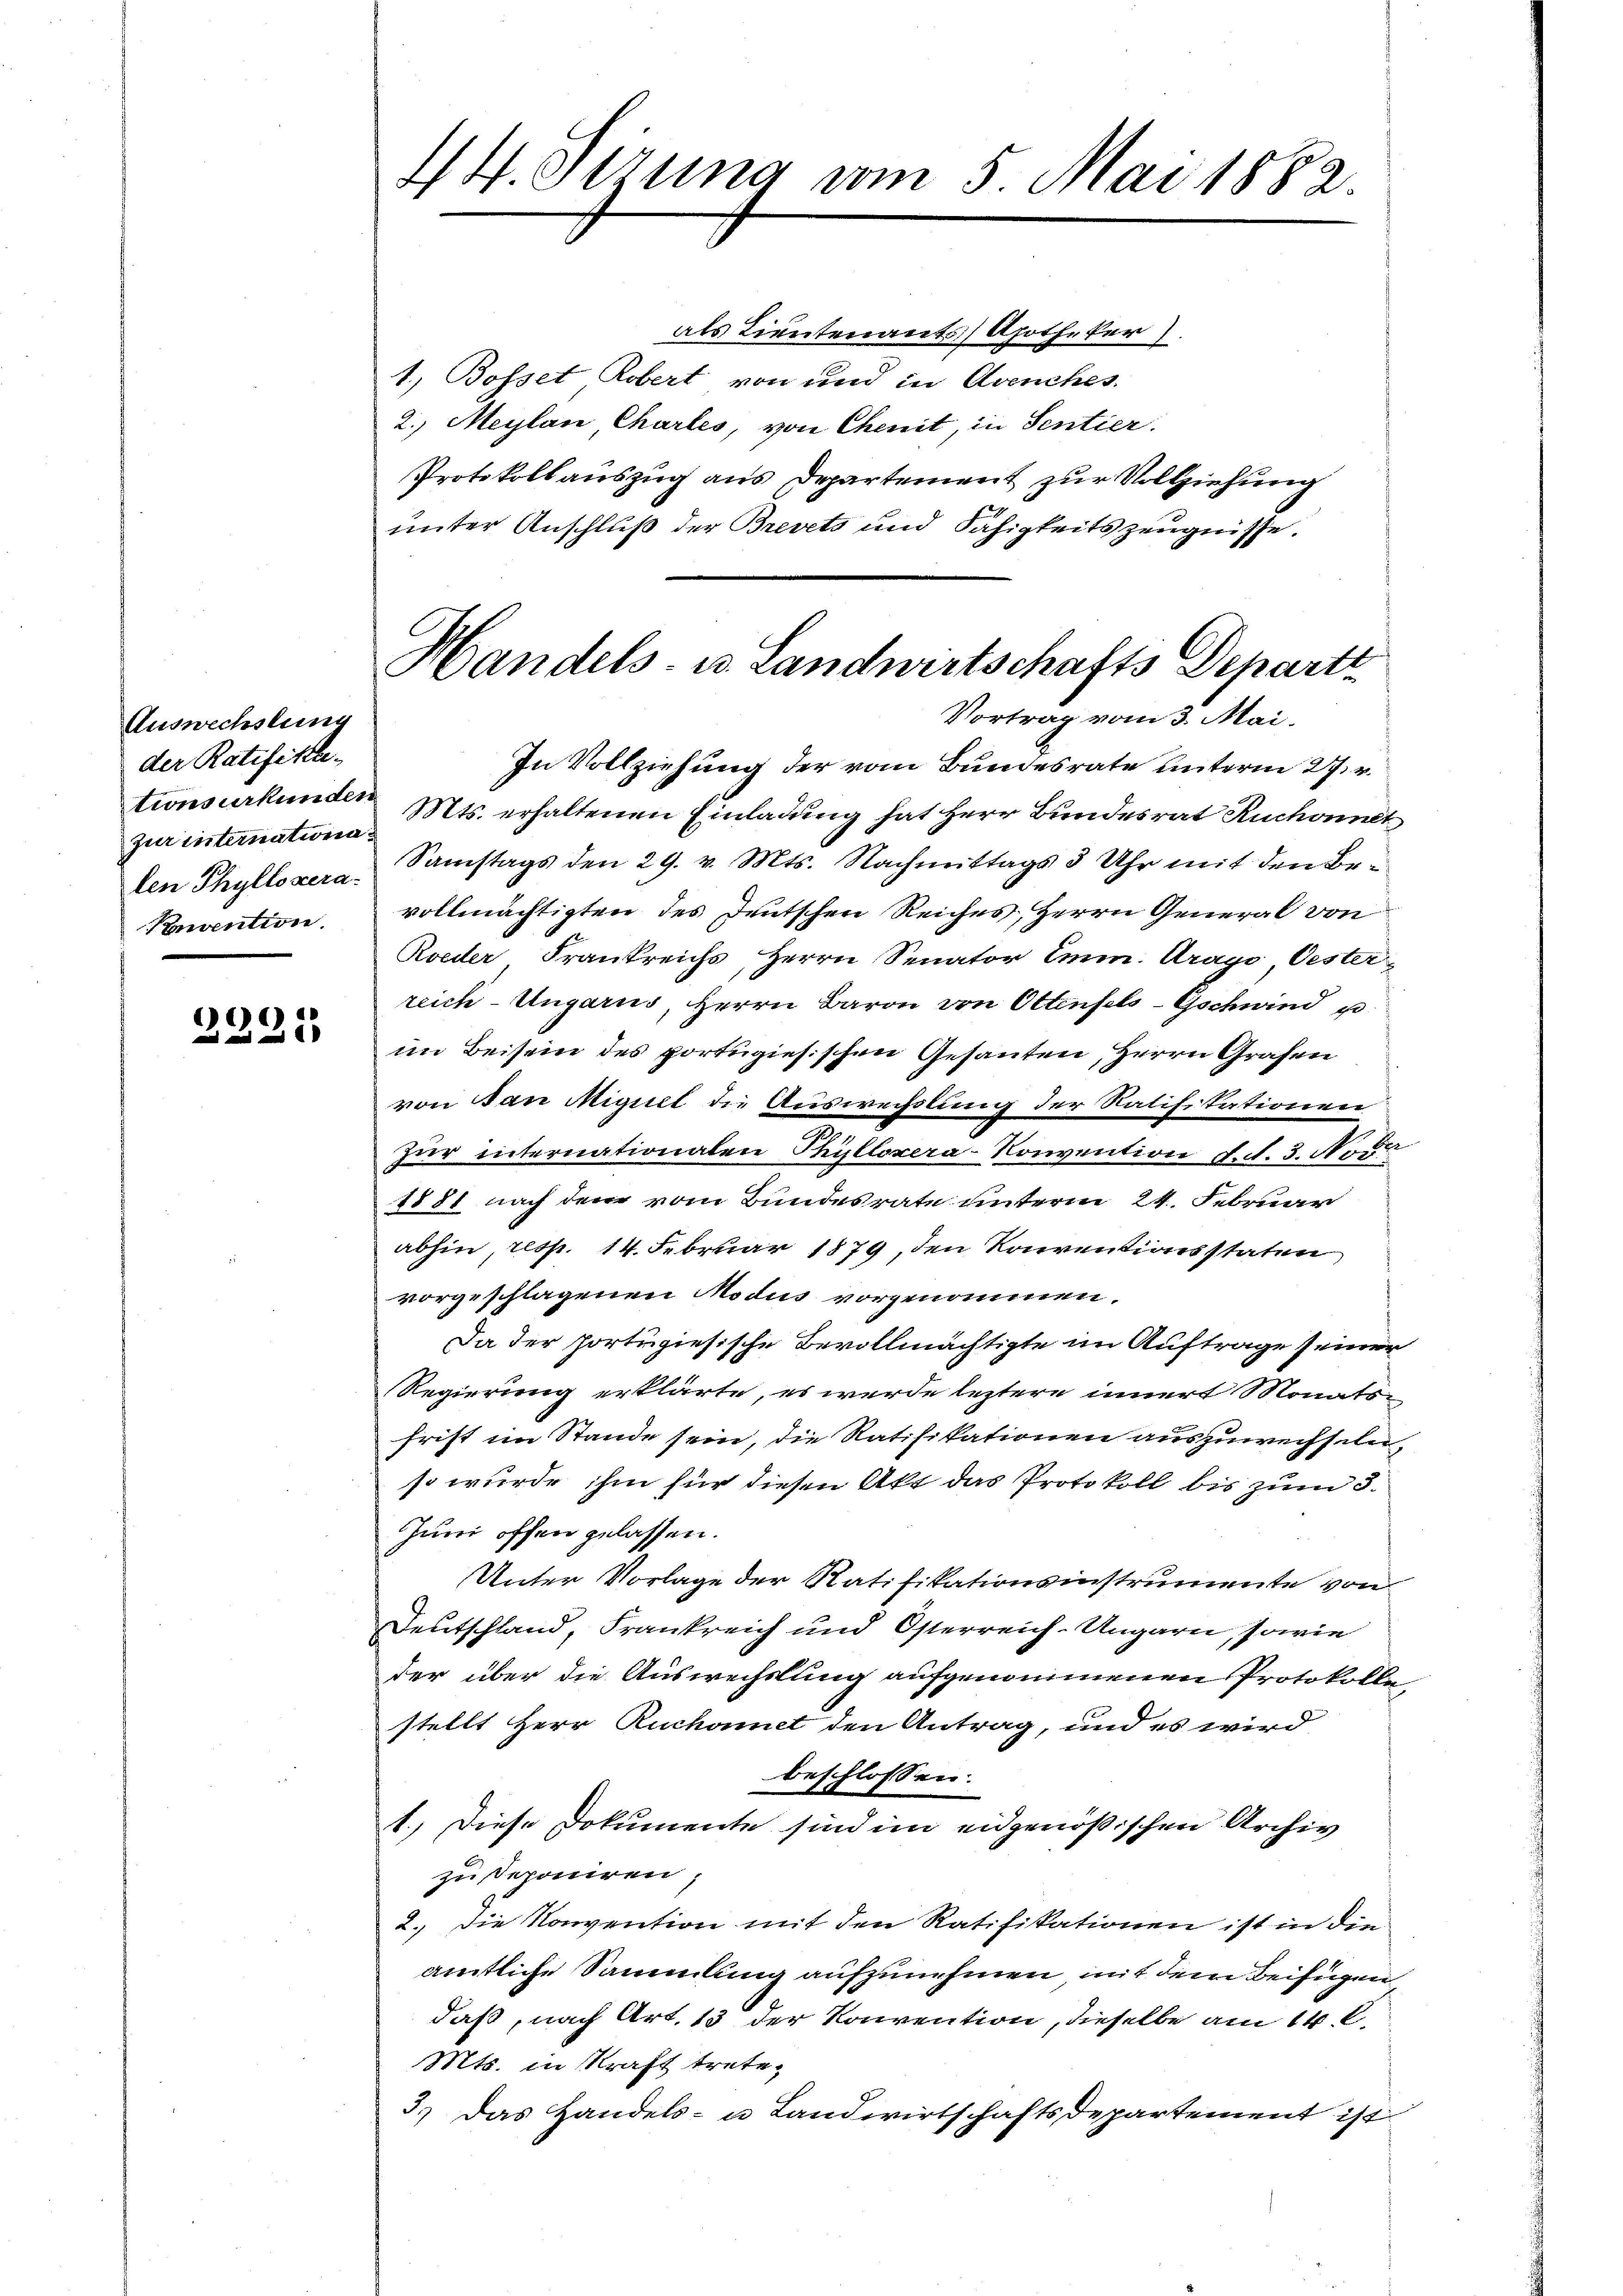
0015
e

Auswechslung
der Ratifika-
zur internationa¬
Ponvention.

4. Stzung vom 5. Mai 1882.

als Lieutenants Apotheker).
1.) Bosset Robert von und in Avenches.
2.) Meylan Chartes, von Chenit, in Sentier.
Protokollauszug aus Departement zur Vollziehung
unter Anschluß der Brevets und Fähigkeitszeugnisse.

In Vollziehung der vom Bundesrate Unterm 27. v.
tionsurkunden Mts. erhaltenen Einladung hat Herr Bundesrat Ruchonnet
len Phyllozera Samstags den 29. v. Mts. Nachmittags 3 Uhr mit den Be-
vollmächtigten des Deutschen Reiches, Herrn General von
Roeder, Frankreichs, Herrn Senator Emm. Arago, Oester-
reich-Ungarus, Herrn Baron von Ottenfels-Gschwind u
im Beisein des portugisischen Gesanten, Herrn Grafen
von Ban Miguel die Auswechslung der Ratifikationen:
Zur internationalen Phÿllozera-Konvention d. d. 3. Nove
1881 nach dem vom Bundesrate unterm 24. Februar
abhin, resp. 14. Februar 1879, den Konventionsstaten
vorgeschlagenen Modus vorgenommen.
Da der fortugiesische Bevollmächtigte im Auftrage seiner
Regierung erklärte, es werde leztere innert Monats-
frist im Stande sein, die Ratifikationen auszuwechseln,
so wurde ihm für diesen Akt das Protokoll bis zum 3.
Juni offen gelassen.
Unter Vorlage der Ratifikationsinstrumente von
Deutschland, Frankreich und Österreich-Ungarn, sowie
der über die Auswechslung aufgenommenen Protokollestellt Herr Ruchamet den Antrag, und es wird
beschlossen:
1.) Diese Dokumente sind im eidgenößischen Archiv
zu deponiren;
2. Die Konvention mit den Ratifikationen ist in die
amtliche Sammlung aufzunehmen, mit dem Beifügen
daß, nach Art. 13 der Konvention, dieselbe am 14. d.
Mts. in Kraft trete.
3.) Das Handels- u Landwirtschaftsdepartement ist

Handels- u. Landwirtschafts Departi
Vortrag vom 3. Mai.